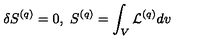
\delta S ^ { ( q ) } = 0 , \ S ^ { ( q ) } = \int _ { V } { \cal L } ^ { ( q ) } d v